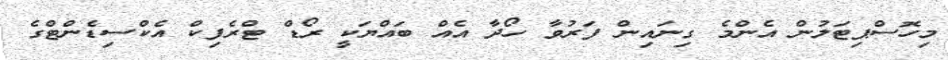
މިހޮސްޕިޓަލުން އެންމެ ގިނައިން ފަރުވާ ހޯދާ އެއް ބައްޔަކީ ރޯޑް ޓްރެފިކް އެކްސިޑެންޓްގެ